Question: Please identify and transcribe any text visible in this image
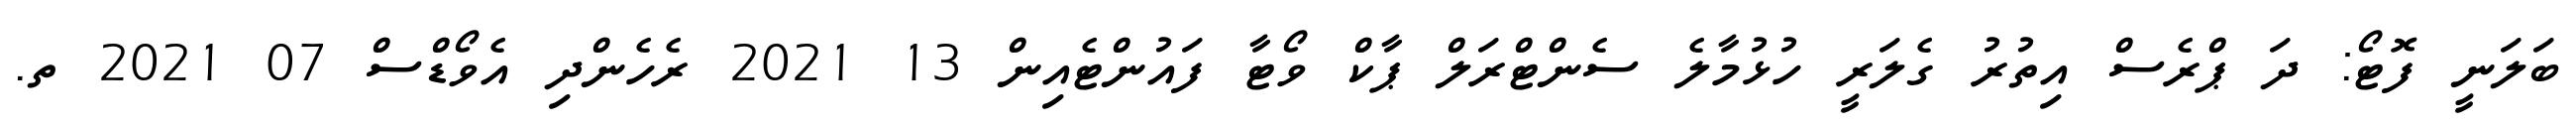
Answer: ބަލަނީ ފޮޓޯ: ދަ ޕްރެސް އިތުރު ގެލަރީ ހުޅުމާލެ ސެންޓްރަލް ޕާކް ވޯޓާ ފައުންޓެއިން 13 2021 ރެހެންދި އެވޯޑްސް 07 2021 ތ.